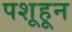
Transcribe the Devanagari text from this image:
पशूहून